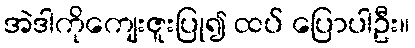
အဲဒါကိုကျေးဇူးပြု၍ ထပ် ပြောပါဦး။